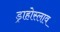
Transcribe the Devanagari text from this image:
ड्राहोस्लाव